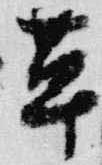
草